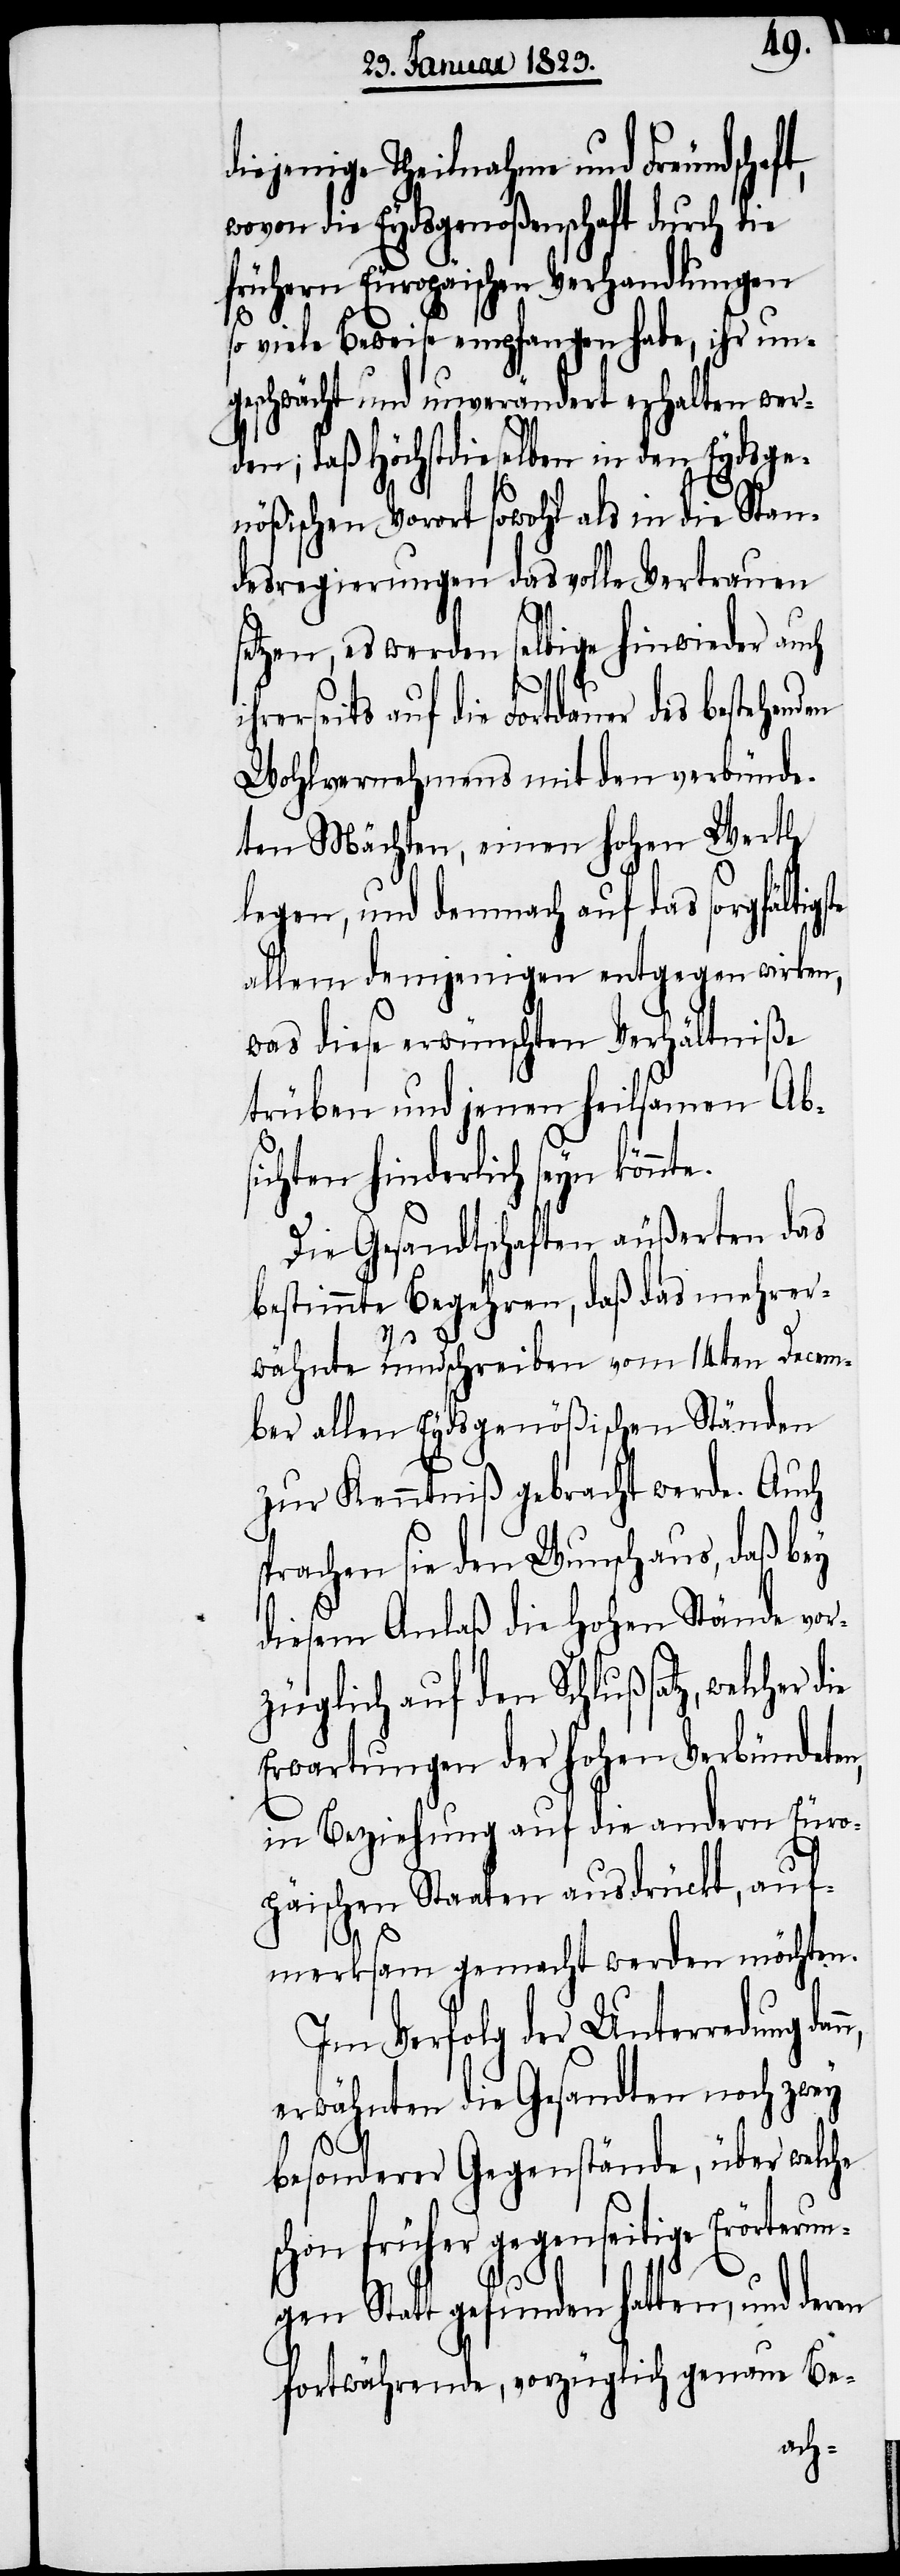
diejenige Theilnahme und Freundschaf¬
wovon die Eydsgenoßenschaft durch die
frühern Europäischen Verhandlungen
o viele Beweise empfangen habe, ihr un¬
geschwächt und unverändert erhalten wer¬
den; daß Höchstdieselben in den Eydsge¬
nößischen Vorort sowohl als in die Stan¬
desregierungen das volle Vertrauen
setzen, es werden selbige hinwieder auch
hrerseits auf die Fortdauer des bestehen¬
Wohlvernehmens mit den verbünde¬
ten Mächten, einen hohen Werth
legen, und demnach auf das sorgfältigs¬
allem demjenigen entgegen wirken,
was diese erwünschten Verhältniße
trüben und jenen heilsamen Abs¬
ichten hinderlich seyn könn¬
Die Gesandtschaften äußerten das
bestimmte Begehren, daß das mehrer¬
te.
wähnte Rundschreiben vom 14ten Decem¬
ber allen Eydsgenößischen Ständen
zur Kenntniß gebracht werde. Auch
prachen sie den Wunsch aus, daß bey
diesem Anlaß die Hohen Stände vor¬
Gegenstände, über welche
Erwartungen der hohen Verbündeten,
in Beziehung auf die andern Euro¬
päischen Staaten ausdrückt, auf¬
merksam gemacht werden möchten.
Im Verfolg der Unterredung dan¬
erwähnten die Gesandten noch zwey
u¬
schon früher gegenseitige Erörter¬
ngen Statt gefunden hatten, und deren
fortwährende, vorzüglich genaue Be-